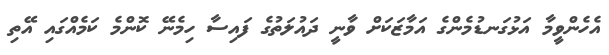
އެހެންވީމާ އަޅުގަނޑުމެންގެ އަމާޒަކަށް ވާނީ ދައުލަތުގެ ފައިސާ ހިމެނޭ ކޮންމެ ކަމެއްގައި އޭތި